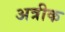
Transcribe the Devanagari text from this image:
अत्रीक